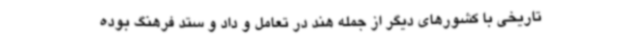
تاریخی با کشورهای دیگر از جمله هند در تعامل و داد و ستد فرهنگ بوده